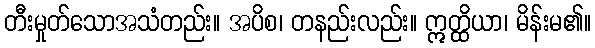
တီးမှုတ်သောအသံတည်း။ အပိစ၊ တနည်းလည်း။ ဣတ္ထိယာ၊ မိန်းမ၏။